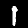
Label: 1